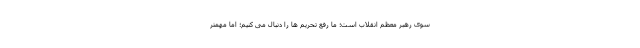
سوی رهبر معظم انقلاب است؛ ما رفع تحریم ها را دنبال می کنیم؛ اما مهمتر